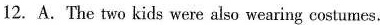
12. A.The two kids were also wearing costumes.